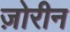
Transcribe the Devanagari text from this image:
ज़ोरीन